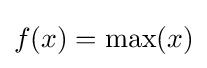
f(x)=\max(x)